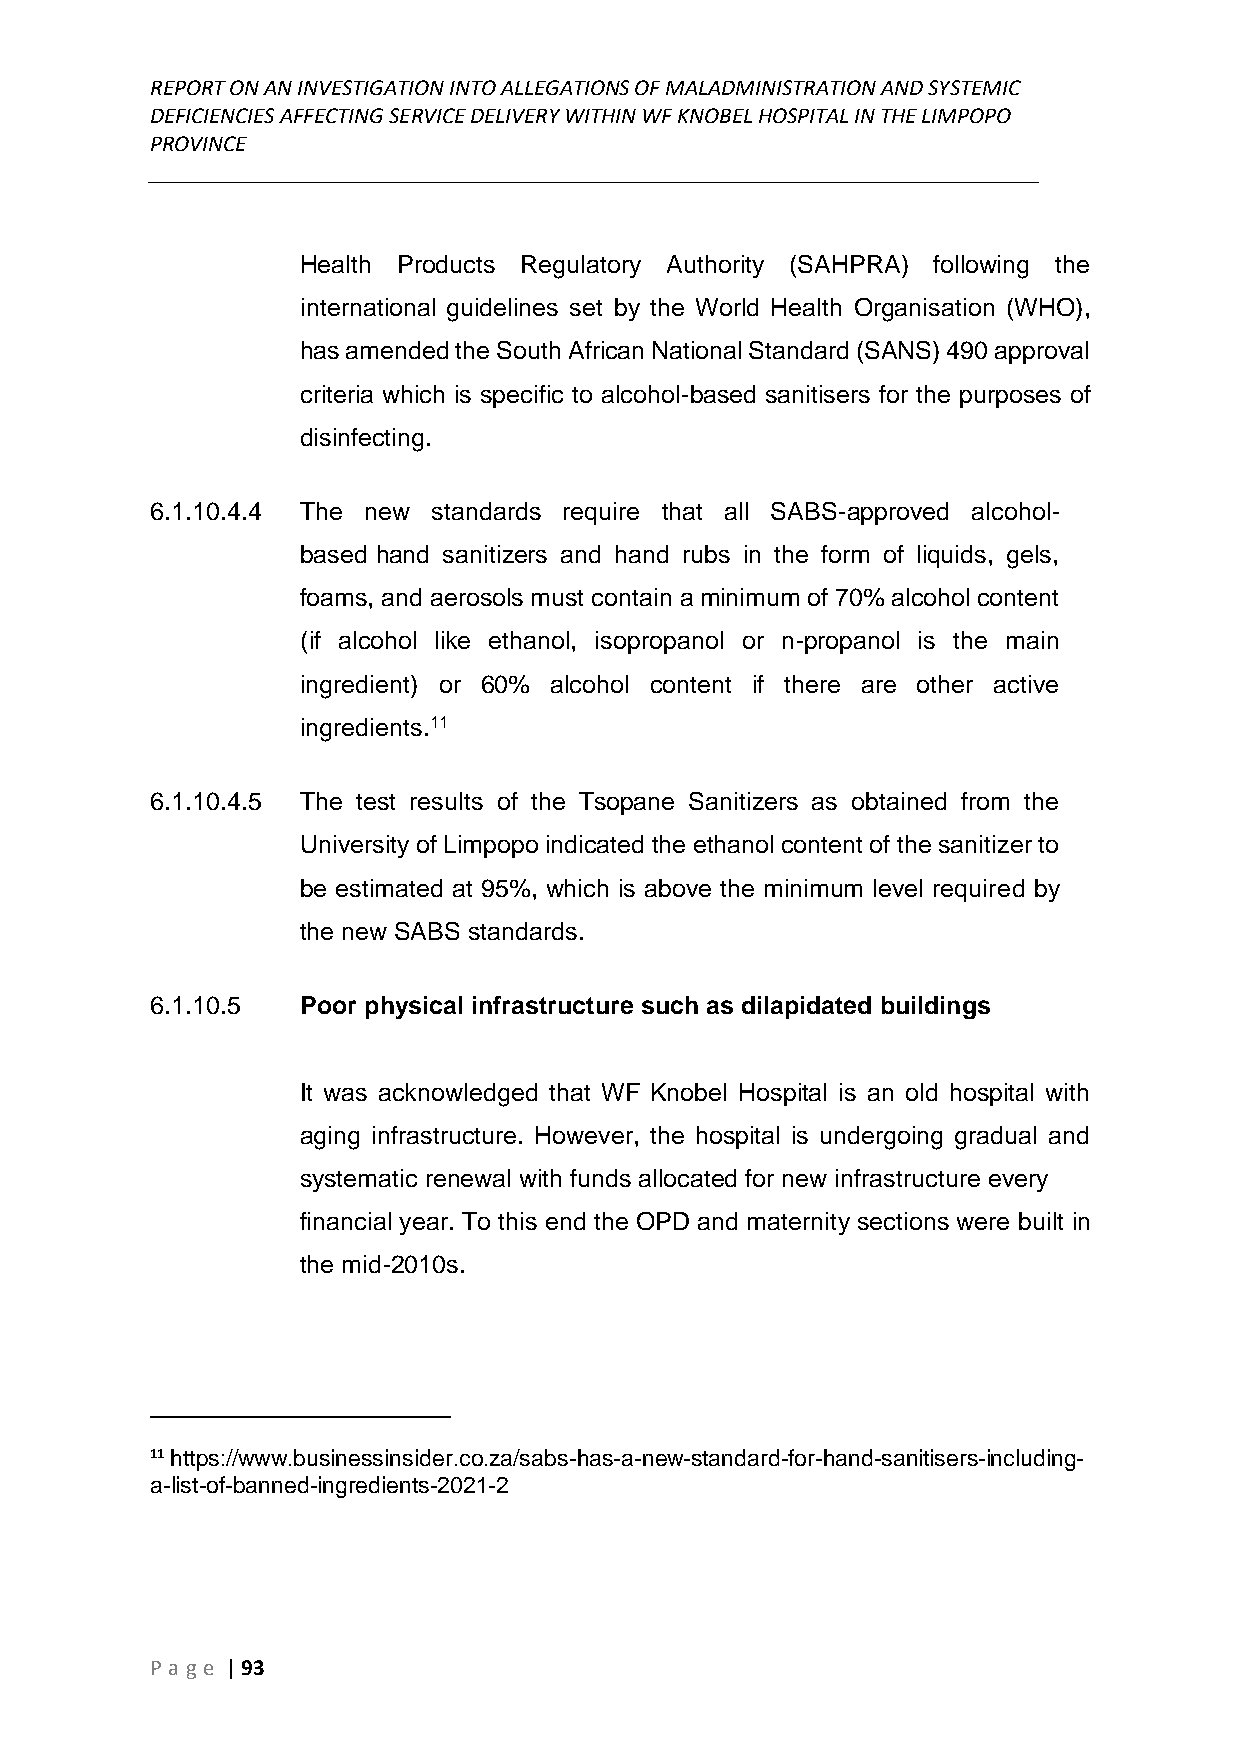
REPORT ON AN INVESTIGATION INTO ALLEGATIONS OF MALADMINISTRATION AND SYSTEMIC
 DEFICIENCIES AFFECTING SERVICE DELIVERY WITHIN WF KNOBEL HOSPITAL IN THE LIMPOPO
 PROVINCE
 ______________________________________________________________________________
 Health Products Regulatory Authority (SAHPRA) following the
 international guidelines set by the World Health Organisation (WHO),
 has amended the South African National Standard (SANS) 490 approval
 criteria which is specific to alcohol-based sanitisers for the purposes of
 disinfecting.
 6.1.10.4.4 The new standards require that all SABS-approved alcohol-
 based hand sanitizers and hand rubs in the form of liquids, gels,
 foams, and aerosols must contain a minimum of 70% alcohol content
 (if alcohol like ethanol, isopropanol or n-propanol is the main
 ingredient) or 60% alcohol content if there are other active
 ingredients.11
 6.1.10.4.5 The test results of the Tsopane Sanitizers as obtained from the
 University of Limpopo indicated the ethanol content of the sanitizer to
 be estimated at 95%, which is above the minimum level required by
 the new SABS standards.
 6.1.10.5  Poor physical infrastructure such as dilapidated buildings
 It was acknowledged that WF Knobel Hospital is an old hospital with
 aging infrastructure. However, the hospital is undergoing gradual and
 systematic renewal with funds allocated for new infrastructure every
 financial year. To this end the OPD and maternity sections were built in
 the mid-2010s.
 11 https://www.businessinsider.co.za/sabs-has-a-new-standard-for-hand-sanitisers-including-
 a-list-of-banned-ingredients-2021-2
 P age | 93